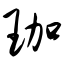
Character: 珈